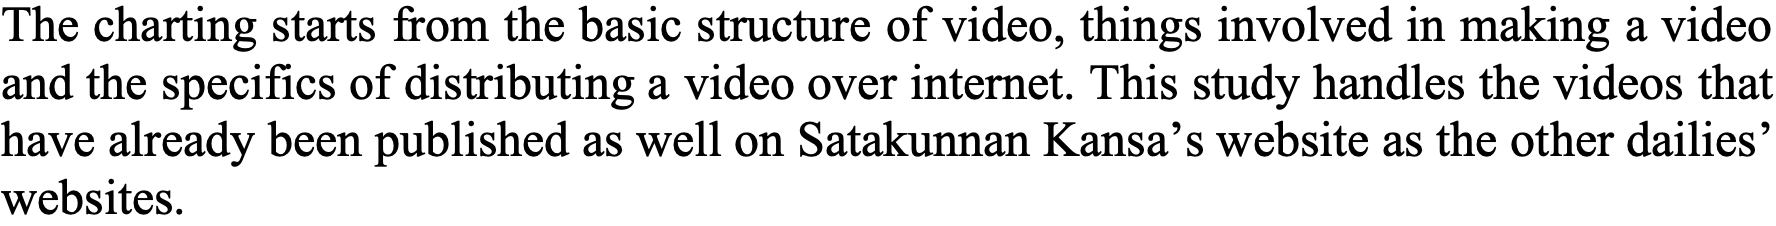
The charting starts from the basic structure of video, things involved in making a video and the specifics of distributing a video over internet. This study handles the videos that have already been published as well on Satakunnan Kansa’s website as the other dailies’ websites.